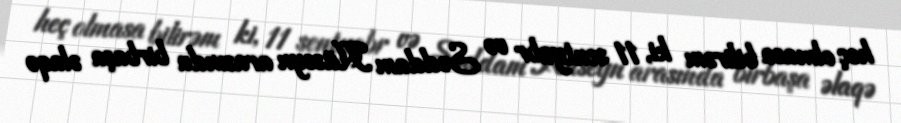
heç olmasa bilirəm ki, 11 sentyabr və Səddam Hüseyn arasında birbaşa əlaqə